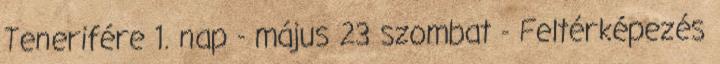
Tenerifére 1. nap - május 23 szombat - Feltérképezés